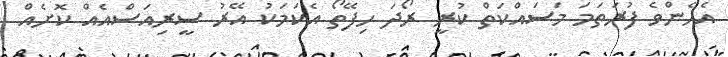
އެހެންވެ ފުރަތަމަ މަސައްކަތް ކުރީ ރޯދަ ހިފޭތޯ އެކަމަކު އޭރު ސީރިއަސްއެއް ކޮށެއް